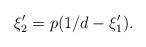
LaTeX: \begin{align*}\xi'_2=p(1/d-\xi'_1).\end{align*}